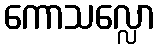
ကောသလ္လော